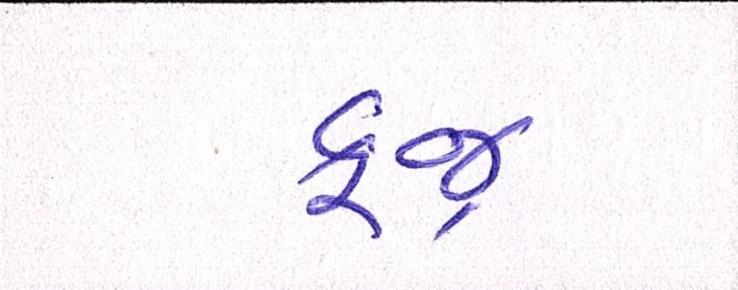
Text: ફજ્ર